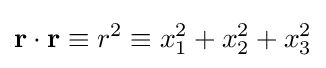
\mathbf {r} \cdot \mathbf {r} \equiv r^{2}\equiv x_{1}^{2}+x_{2}^{2}+x_{3}^{2}\,\!